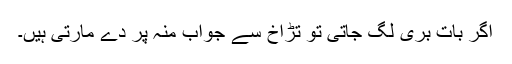
اگر بات بری لگ جاتی تو تڑاخ سے جواب منہ پر دے مارتی ہیں۔